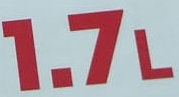
1.7L